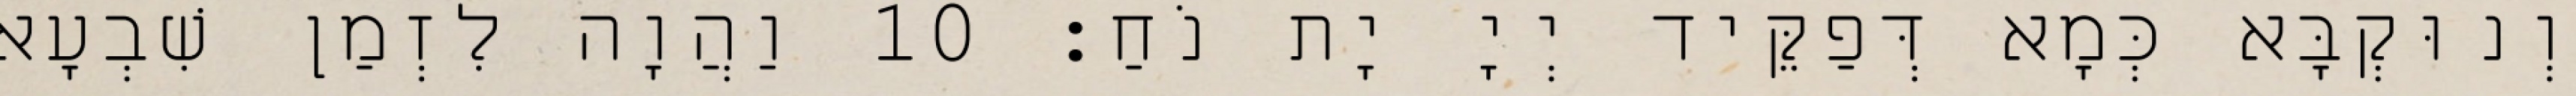
וְנוּקְבָּא כְּמָא דְּפַקֵּיד יְיָ יָת נֹחַ׃ 10 וַהֲוָה לִזְמַן שִׁבְעָא